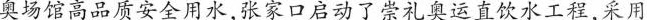
奥场馆高品质安全用水,张家口启动了崇礼奥运直饮水工程,采用